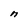
Character: n